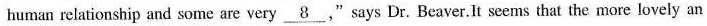
human relationship and some are very \underline{8},"says Dr. Beaver.It seems that the more lovely an